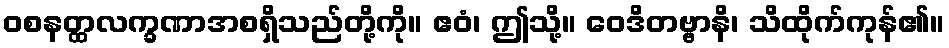
ဝစနတ္ထလက္ခဏာအစရှိသည်တို့ကို။ ဧဝံ၊ ဤသို့။ ဝေဒိတဗ္ဗာနိ၊ သိထိုက်ကုန်၏။